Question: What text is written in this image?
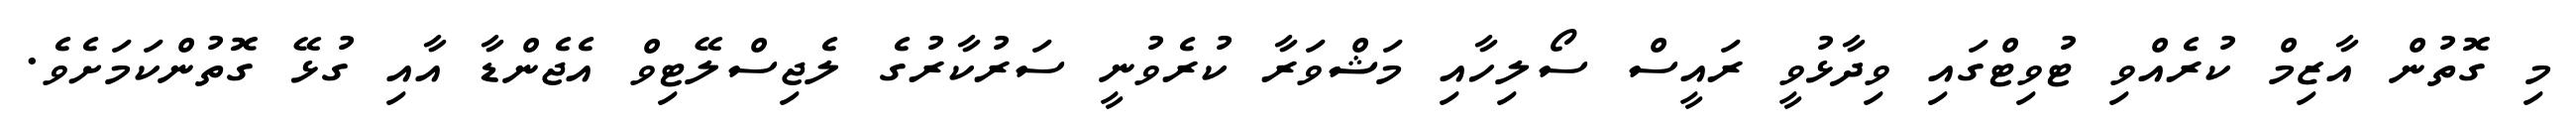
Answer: މި ގޮތުން އާޒިމް ކުރެއްވި ޓުވިޓްގައި ވިދާޅުވީ ރައީސް ސޯލިހާއި މަޝްވަރާ ކުރެވުނީ ސަރުކާރުގެ ލެޖިސްލޭޓިވް އެޖެންޑާ އާއި ގުޅޭ ގޮތުންކަމަށެވެ.